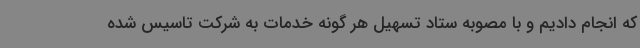
که انجام دادیم و با مصوبه ستاد تسهیل هر گونه خدمات به شرکت تاسیس شده